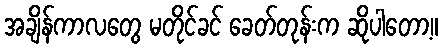
အချိန်ကာလတွေ မတိုင်ခင် ခေတ်တုန်းက ဆိုပါတော့။